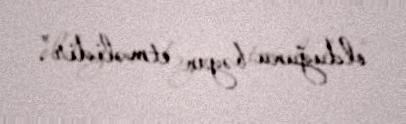
olduğunu bəyan etməlidir”.